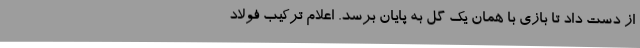
از دست داد تا بازی با همان یک گل به پایان برسد. اعلام ترکیب فولاد